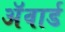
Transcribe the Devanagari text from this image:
अॅवार्ड